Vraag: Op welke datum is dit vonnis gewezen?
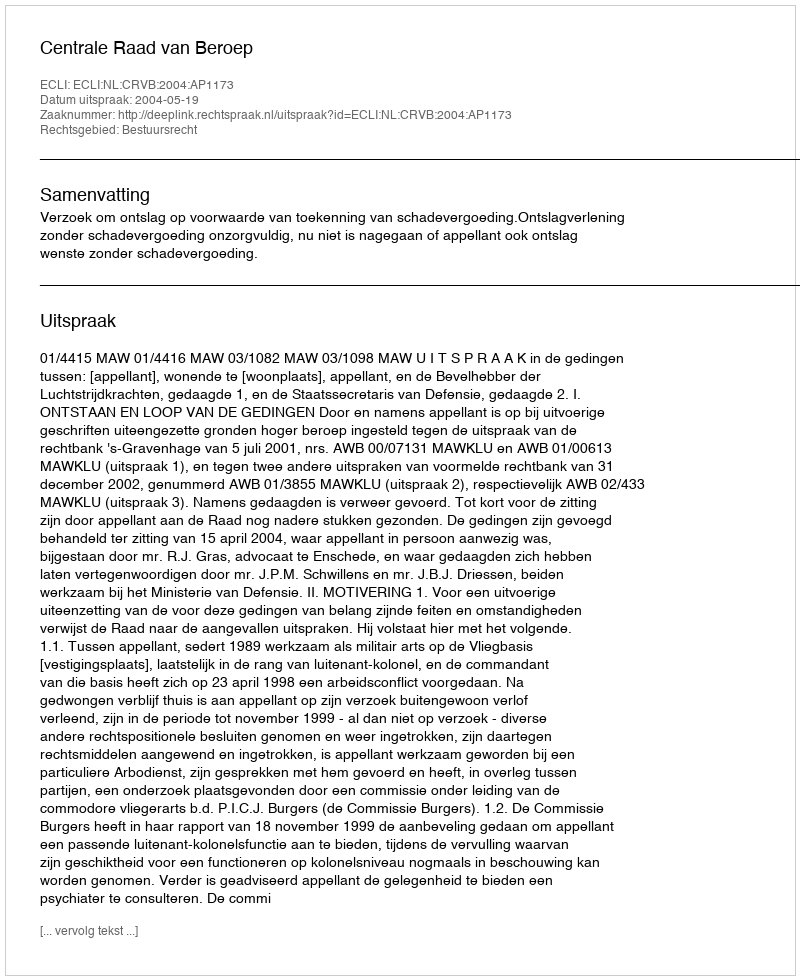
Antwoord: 2004-05-19